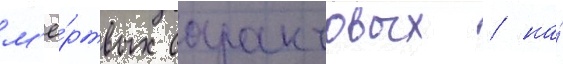
м'ё́ртвых саранчовых / на́